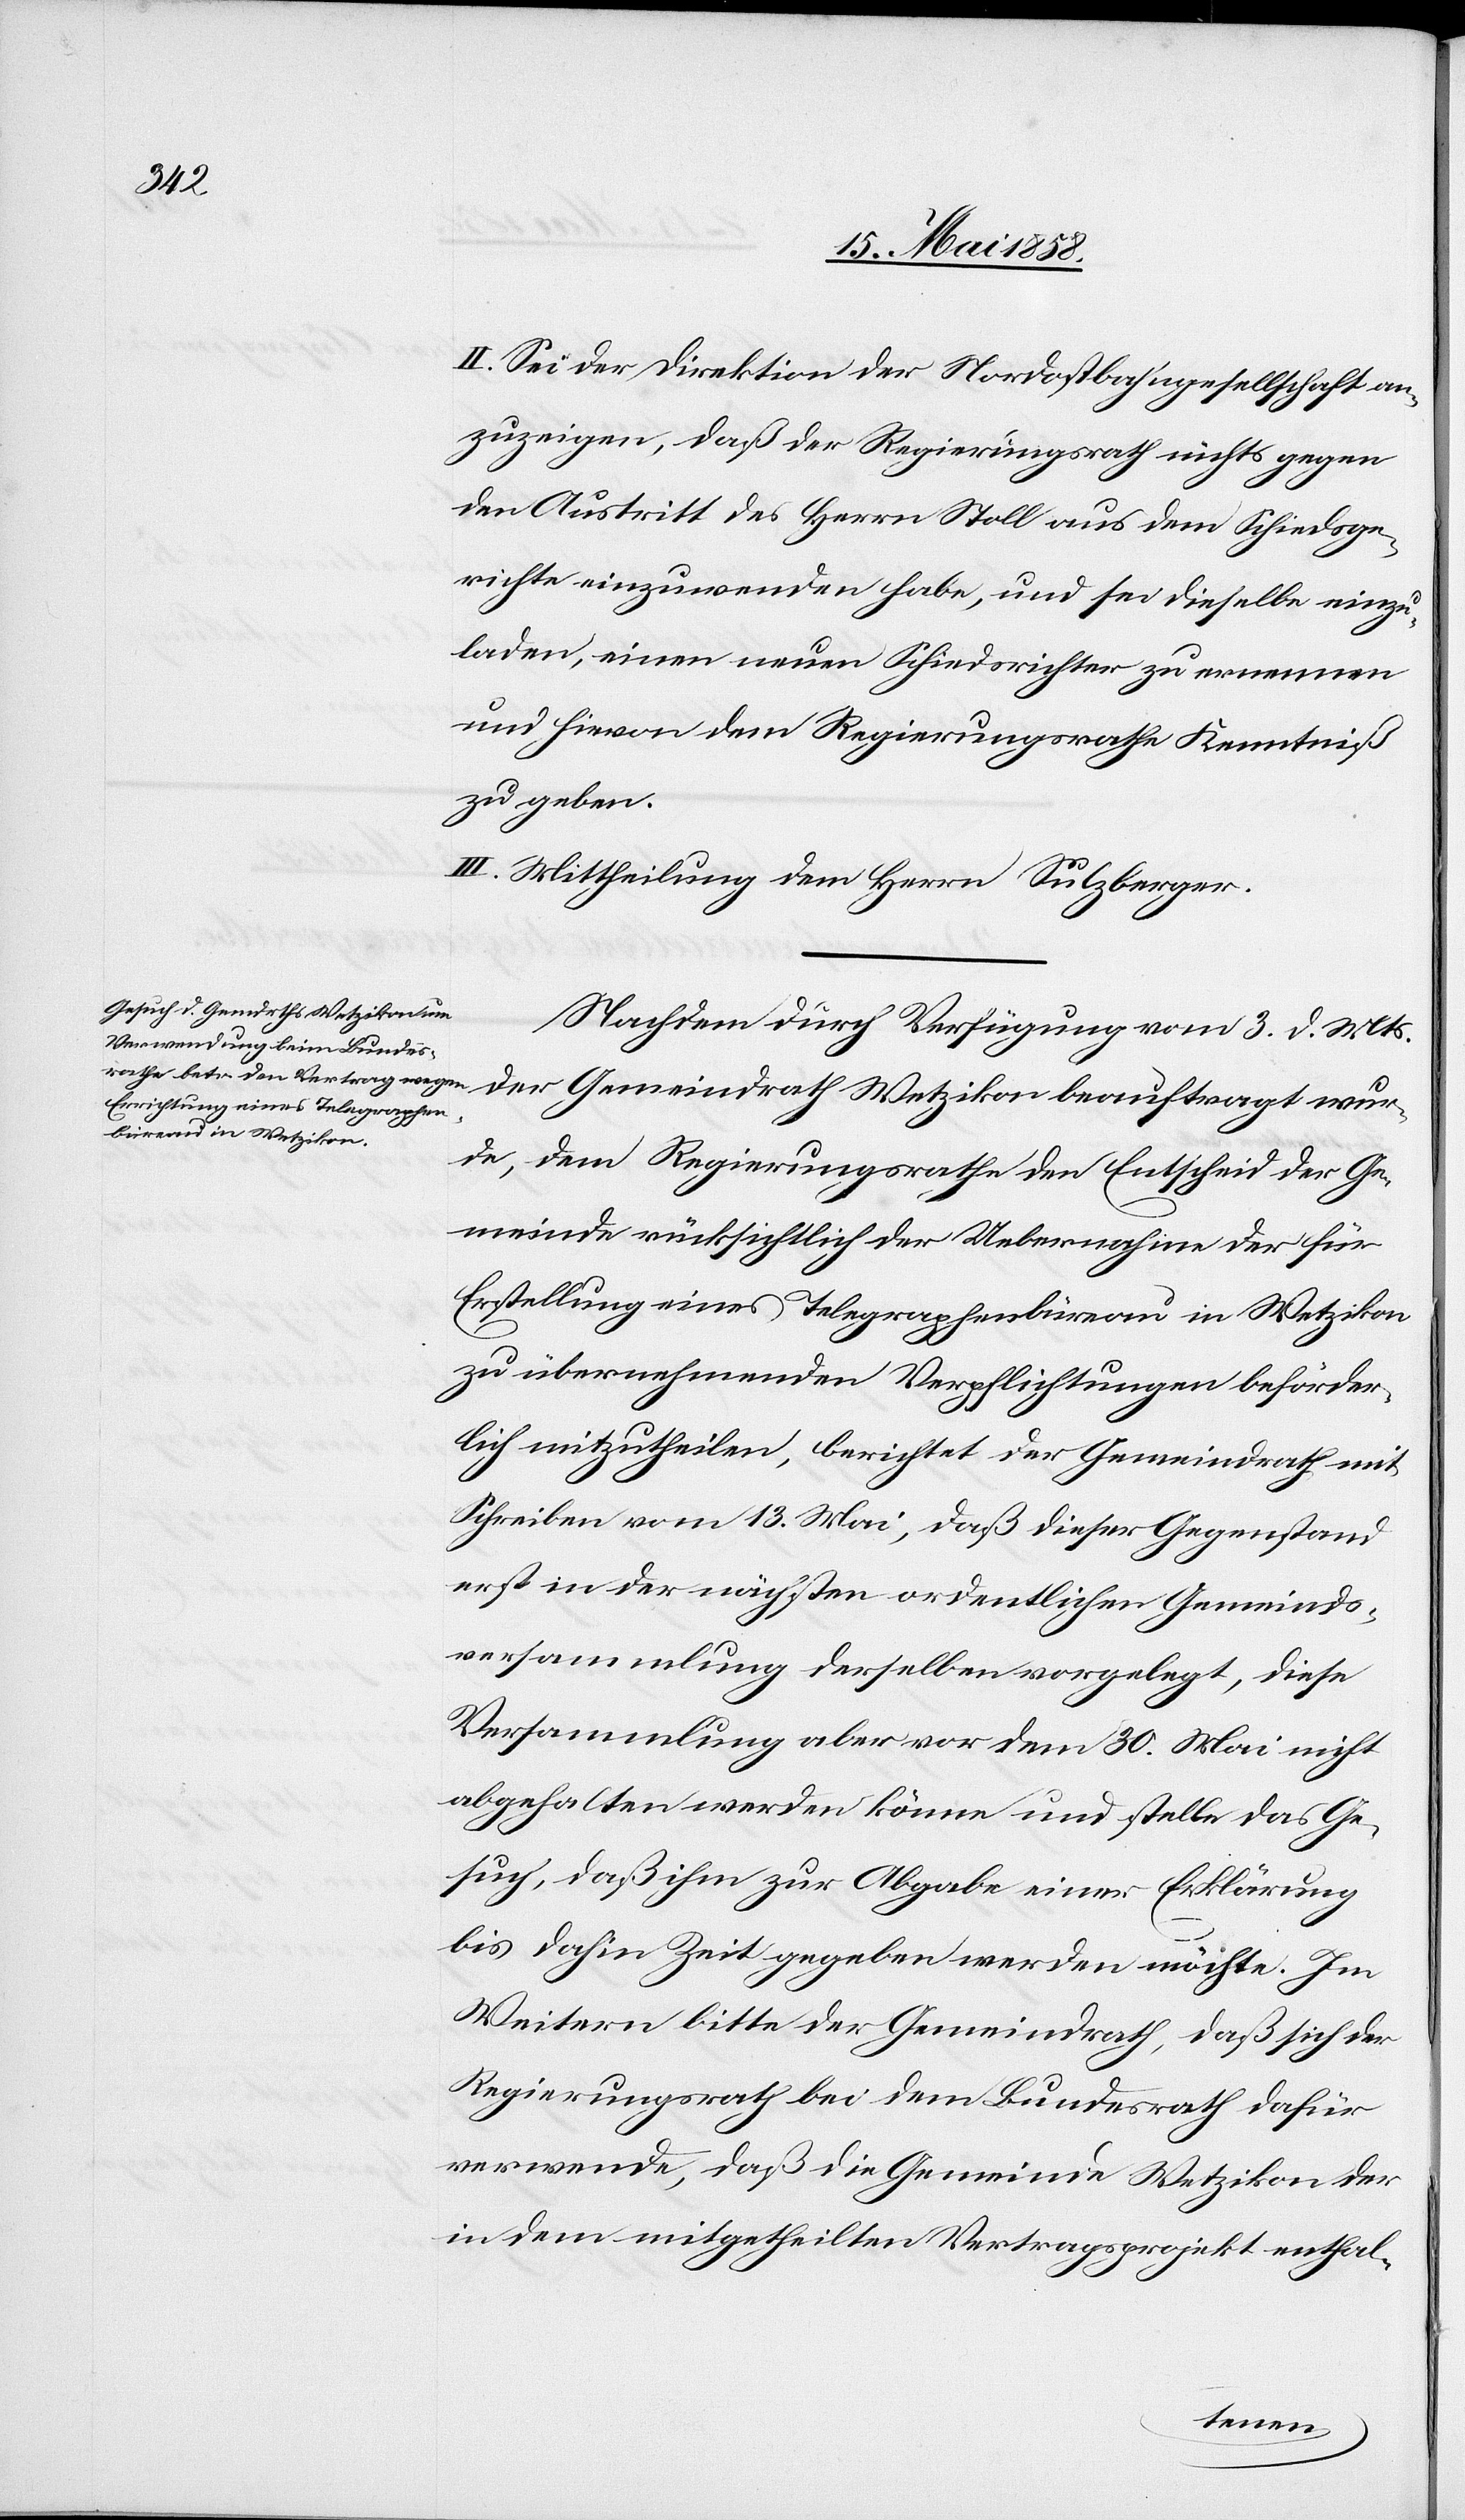
wur¬
II. Sei der Direktion der Nordostbahngesellschaft an¬
zuzeigen, daß der Regierungsrath nichts gegen
den Austritt des Herrn Stoll aus dem Schiedsge¬
richte einzuwenden habe, und sei dieselbe einzu¬
laden, einen neuen Schiedsrichter zu ernennen
und hievon dem Regierungsrathe Kenntniß
zu geben.
III. Mittheilung dem Herrn Sulzberger.
Nachdem durch Verfügung vom 3. d. Mts.
Gemeindrath Wetzikon
de, dem Regierungsrathe den Entscheid der Ge¬
meinde rücksichtlich der Uebernahme der für
Erstellung eines Telegraphenbüreau in Wetzikon
zu übernehmenden Verpflichtungen beförder¬
lich mitzutheilen, berichtet der Gemeindrath mit
Schreiben vom 13. Mai, daß dieser Gegenstand
erst in der nächsten ordentlichen Gemeinds¬
versammlung derselben vorgelegt, diese
Versammlung aber vor dem 30. Mai nicht
abgehalten werden könne und stelle das Ge¬
such, daß ihm zur Abgabe einer Erklärung
bis dahin Zeit gegeben werden möchte. Im
Weitern bitte der Gemeindrath, daß sich der
Regierungsrath bei dem Bundesrath dafür
verwende, daß die Gemeinde Wetzikon der
in dem mitgetheilten Vertragsprojekt enthal-